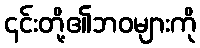
၎င်းတို့၏ဘဝများကို